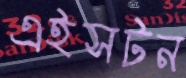
এইসটন